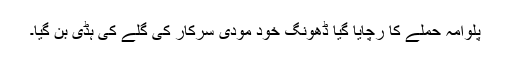
پلوامہ حملے کا رچایا گیا ڈھونگ خود مودی سرکار کی گلے کی ہڈی بن گیا۔